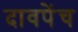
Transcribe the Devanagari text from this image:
दावपेंच